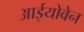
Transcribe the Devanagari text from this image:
आईयोवेन